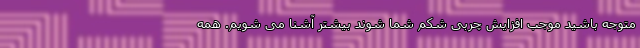
متوجه باشید موجب افزایش چربی شکم شما شوند بیشتر آشنا می شویم. همه